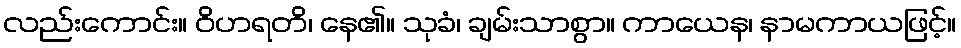
လည်းကောင်း။ ဝိဟရတိ၊ နေ၏။ သုခံ၊ ချမ်းသာစွာ။ ကာယေန၊ နာမကာယဖြင့်။